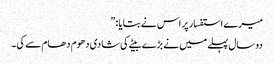
میرے استفسار پر اس نے بتایا : ”
دو سال پہلے میں نے بڑے بیٹے کی شادی دھوم دھام سے کی ۔